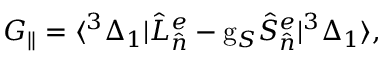
G _ { \parallel } = \langle ^ { 3 } \Delta _ { 1 } | \hat { L } _ { \hat { n } } ^ { e } - \mathrm { g } _ { S } \hat { S } _ { \hat { n } } ^ { e } | ^ { 3 } \Delta _ { 1 } \rangle ,